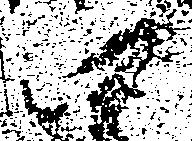
四